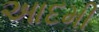
આદમી